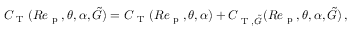
C _ { \textup { T } } ( R e _ { \textup { p } } , \theta , \alpha , \tilde { G } ) = C _ { \mathrm { ~ T ~ } } ( R e _ { \textup { p } } , \theta , \alpha ) + C _ { \textup { T } , \tilde { G } } ( R e _ { \textup { p } } , \theta , \alpha , \tilde { G } ) \, ,